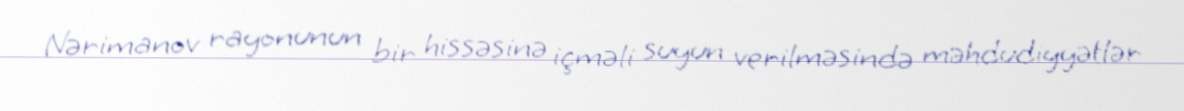
Nərimanov rayonunun bir hissəsinə içməli suyun verilməsində məhdudiyyətlər